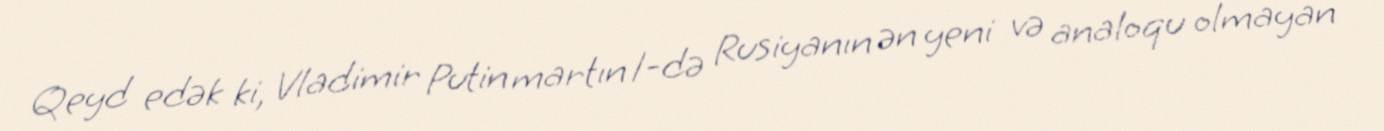
Qeyd edək ki, Vladimir Putin martın 1-də Rusiyanın ən yeni və analoqu olmayan